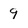
Character: 9